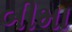
બીમા